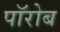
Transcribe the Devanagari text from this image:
पॉरोब